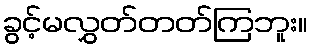
ခွင့်မလွှတ်တတ်ကြဘူး။